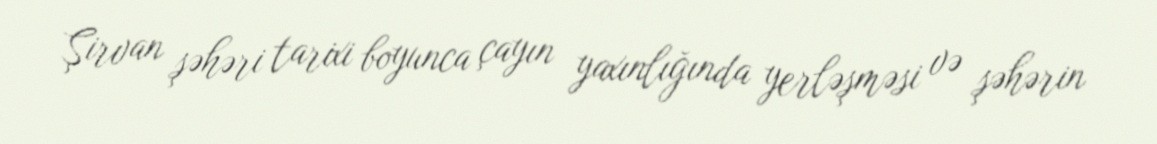
Şirvan şəhəri tarixi boyunca çayın yaxınlığında yerləşməsi və şəhərin